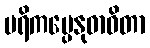
ပရိကပ္ပေနုဓာဝိတာ